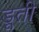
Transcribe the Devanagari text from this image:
डूती